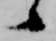
候